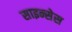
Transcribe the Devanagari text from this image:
साइन्सेस